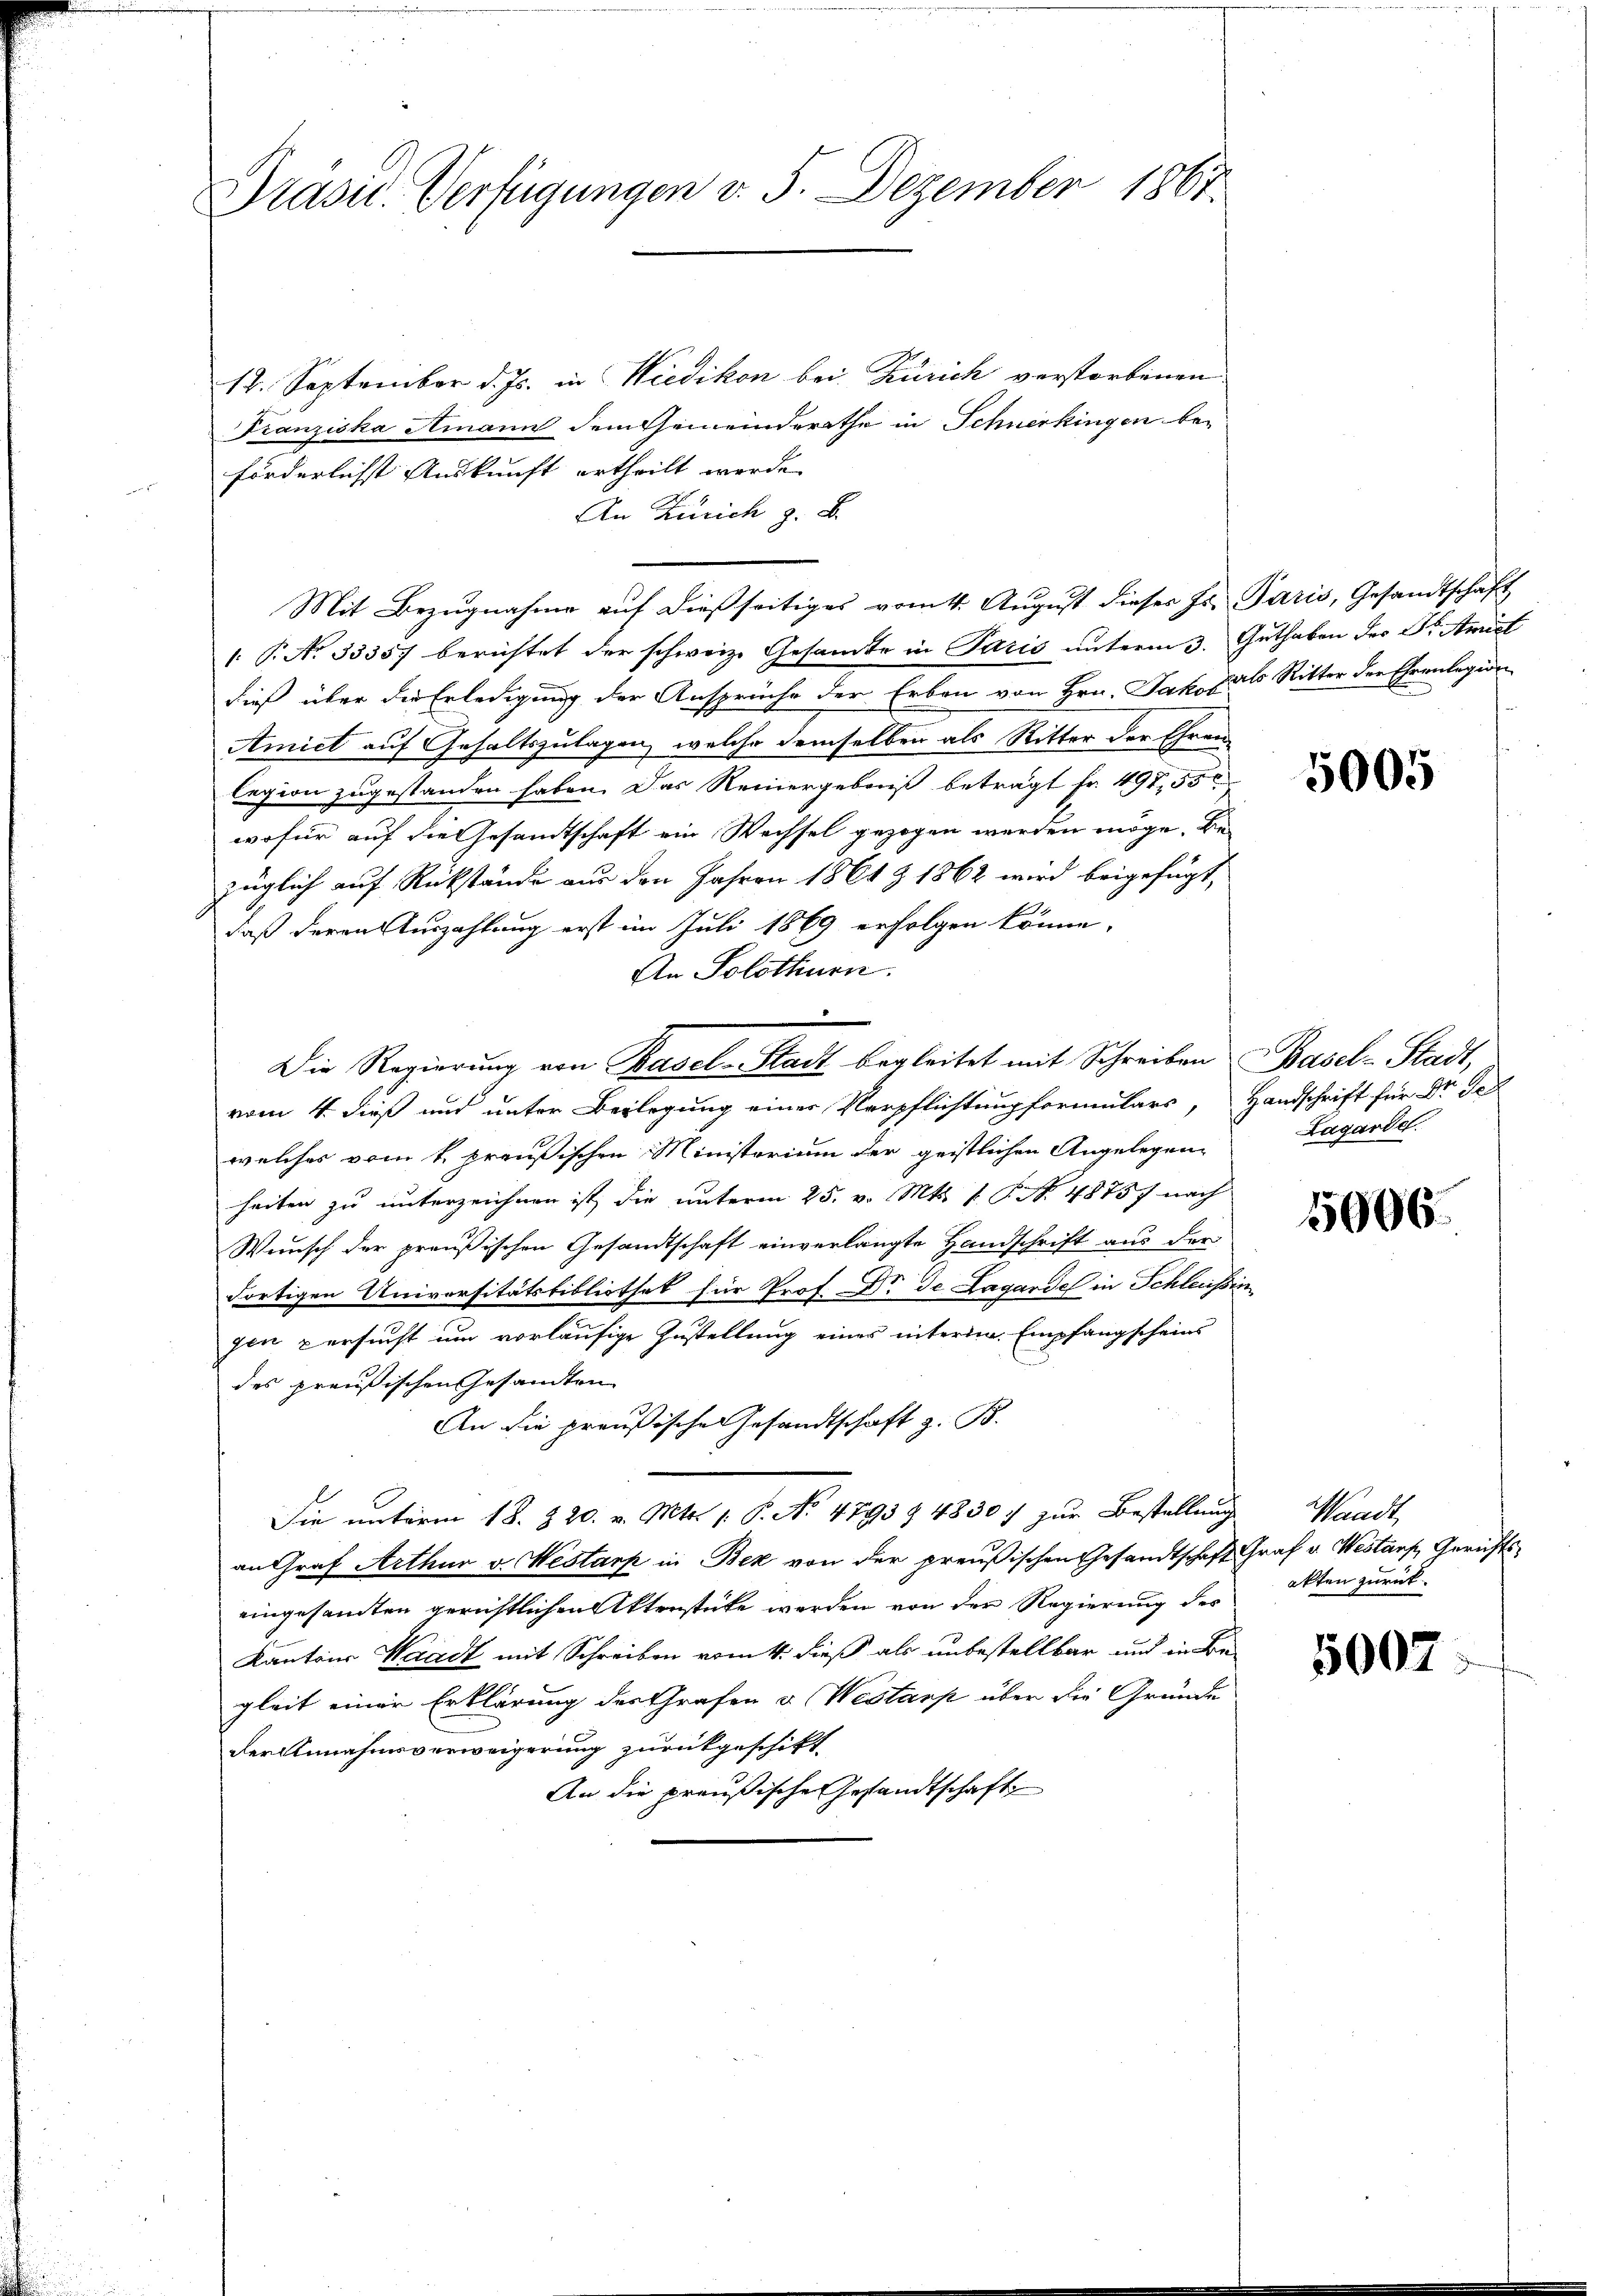
Präsid. Verfügungen v. 5. Dezember 1867.

12. September d. Js. in Wiedikon bei Zürich verstorbenen
Franziska Amann dem Gemeinderathe in Schnerkingen be-
förderlichst Auskunft ertheilt werde.
An Zürich z. B.
Mit Bezugnahme auf dießseitiges vom 4. August dieser Hs. Paris, Gesandtschaft
: P. No 33357 berichtet der schweiz. Gesamte in Paris unterm 3. Guthaben des S. Amist
dieß über die Erledigung der Ansprüche der Erben von Hrn. Jako zu Ritter der Ehrenlegion
Amiet auf Gehaltszulagen, welche demselben als Ritter der Ehren
legion zugestanden haben. Das Reinergebniß beträgt Fr. 497,550
wofür auf die Gesandtschaft ein Wechsel gezogen werden möge, Bezüglich auf Rückstände aus den Jahren 1861 & 1862 wird beigefügt,
daß deren Auszahlung erst im Juli 1869 erfolgen könne.
An Solothurn.
e
vom 4. dieß und unter Beylegung einer Verpflichtung formulars, Handschrift für Dr Sch
welches vom 4. preußischen Ministorium der geistlichen Angelegenheiten zu unterzeichnen ist, die unterm 25. v. Mts. 1. P. N. 4875) nach
Wunsch der preußischen Gesandtschaft einverlangte Handschrift aus der
dortigen Universitätsbibliothek für Prof. Dr. de Lagardel in Schleussin
gen versucht um vorläufige Zustellung eines interi. Empfangscheins
des preußischen Gesandten
An die preußische Gesandtschaft z. B.
Die unterm 18. Z. 20. v. Mts. 1. P. No 4793 § 4830. zur Bestellung Waadt,
an Graf Arthur v. Westark in Bek von der preußischen Gesandtschaft Graf v. Westans, Gerichtseingesandten gerichtlichen Aktenstüke werden von der Regierung des
Kantons Waadt mit Schreiben vom 4. dieß als unbestellbar und in Be-
gleit einer Erklärung des Grafen u. Westars über die Gründe
der Annahmsverweigerung zurückgeschikt
An die preußische Gesandtschaft

Die Regierŭng von Basel-Stadt begleitet mit Schreiben Basel-Stadt,

5005

Lagarde.

5006.

akten zurück.

5007